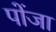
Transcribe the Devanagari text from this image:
पोंजा